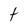
Character: t